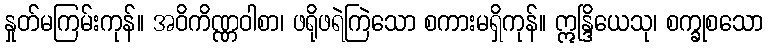
နှုတ်မကြမ်းကုန်။ အဝိကိဏ္ဏဝါစာ၊ ဖရိုဖရဲကြဲသော စကားမရှိကုန်။ ဣန္ဒြိယေသု၊ စက္ခုစသော